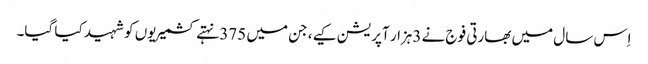
اِس سال میں بھارتی فوج نے 3ہزار آپریشن کیے، جن میں 375 نہتے کشمیریوں کو شہید کیا گیا۔